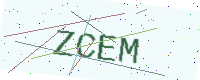
Text: ZCEM